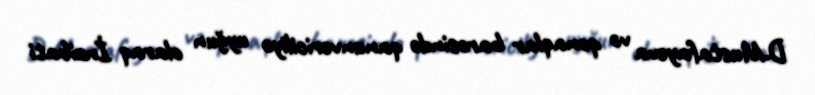
D.Mustafayeva və qonaqlar barəsində qanunvericiliyə uyğun olaraq İnzibati